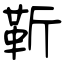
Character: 靳